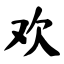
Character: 欢